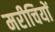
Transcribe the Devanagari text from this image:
मरीचियों